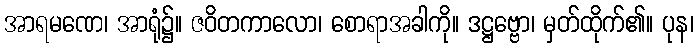
အာရမဏေ၊ အာရုံ၌။ ဇဝိတကာလော၊ စောရာအခါကို။ ဒဋ္ဌဗ္ဗော၊ မှတ်ထိုက်၏။ ပုန၊